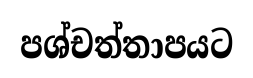
පශ්චත්තාපයට